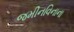
જમીનવિનાના